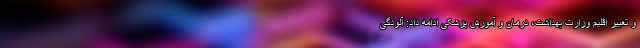
و تغییر اقلیم وزارت بهداشت، درمان و آموزش پزشکی ادامه داد: آلودگی